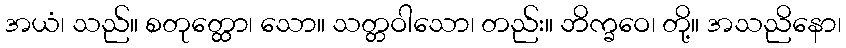
အယံ၊ သည်။ စတုတ္ထော၊ သော။ သတ္တဝါသော၊ တည်း။ ဘိက္ခဝေ၊ တို့။ အသညိနော၊